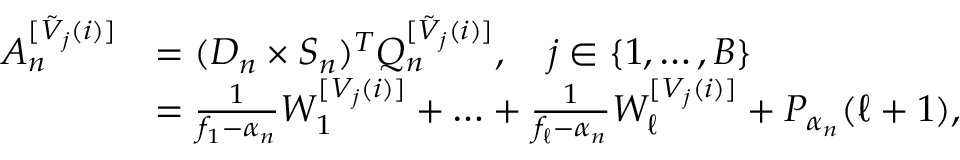
\begin{array} { r l } { A _ { n } ^ { [ \Tilde { V } _ { j } ( i ) ] } } & { = ( D _ { n } \times S _ { n } ) ^ { T } Q _ { n } ^ { [ \Tilde { V } _ { j } ( i ) ] } , \quad j \in \{ 1 , \dotsc , B \} } \\ & { = \frac { 1 } { f _ { 1 } - \alpha _ { n } } W _ { 1 } ^ { [ V _ { j } ( i ) ] } + \dotsc + \frac { 1 } { f _ { \ell } - \alpha _ { n } } W _ { \ell } ^ { [ V _ { j } ( i ) ] } + P _ { \alpha _ { n } } ( \ell + 1 ) , } \end{array}